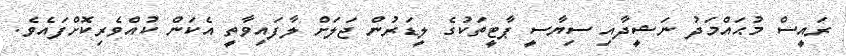
ރައީސް މުޙައްމަދު ނަޝީދާއި ސިޔާސީ ޕާޓީތަކުގެ ލީޑަރުން ޖަލަށް ލާފައިވާތީ އެކަން ކުއްވެރިކޮށްފައެވެ.